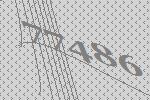
77486